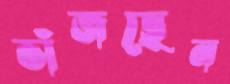
ভাঁজছেন